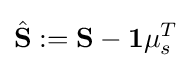
{\hat {\mathbf {S} }}:=\mathbf {S} -\mathbf {1} \mu _{s}^{T}